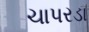
ચાપરડા